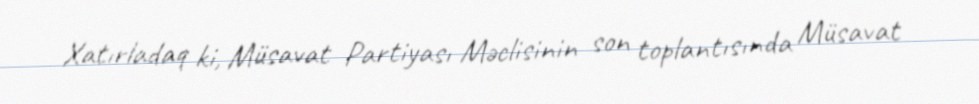
Xatırladaq ki, Müsavat Partiyası Məclisinin son toplantısında Müsavat